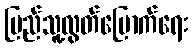
ပြည်သူ့လွတ်မြောက်ရေး